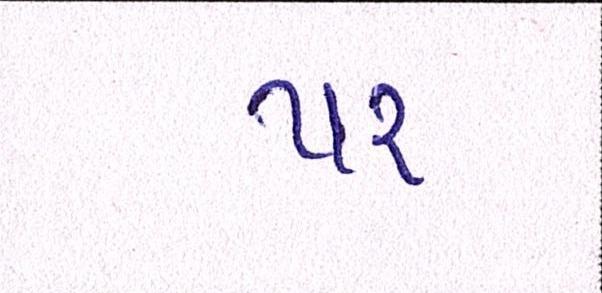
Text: પર